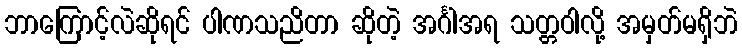
ဘာကြောင့်လဲဆိုရင် ပါဏသညိတာ ဆိုတဲ့ အင်္ဂါအရ သတ္တဝါလို့ အမှတ်မရှိဘဲ